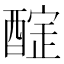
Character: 𨢃